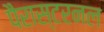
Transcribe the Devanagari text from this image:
पैरास्टरनल